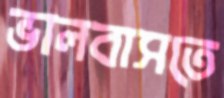
ভালবাসতে